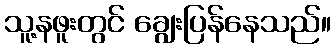
သူ့နဖူးတွင် ချွေးပြန်နေသည်။